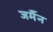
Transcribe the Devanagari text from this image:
जर्मैन